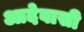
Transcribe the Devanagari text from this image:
आदेवासी